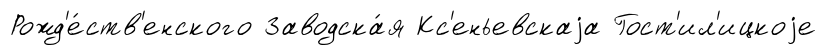
Рожд'е́ств'енского Заводска́я Кс'еньевскаjа Гост'ил'ицкоjе